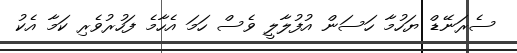
ސެރަނޭޑް ޔަހުމާ ހަސަން އުފުލާލީ ވެސް ހަމަ އެހާމެ ފަހުރުވެރި ކަމާ އެކު